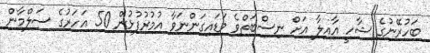
ބަހުރޭނުގެ ޝާހީ އާއިލާ އަށް ނިސްބަތްވެ ވަޑައިގަންނަވާ އުމުރުފުޅުން 50 އަހަރުގެ ސަލްމާން